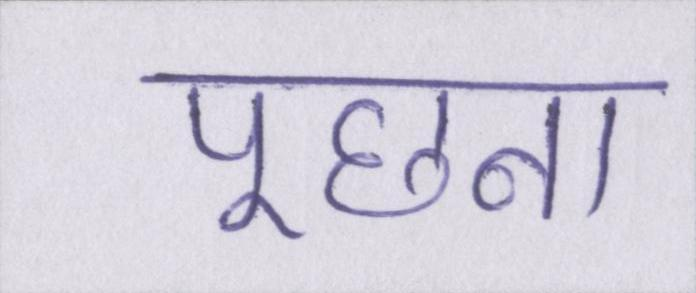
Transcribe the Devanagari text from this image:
पूछना